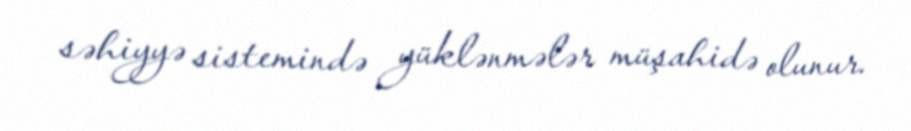
səhiyyə sistemində yüklənmələr müşahidə olunur.